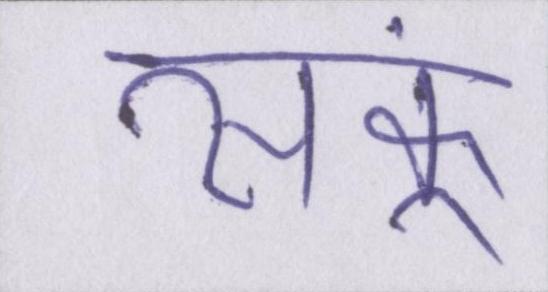
सकूं